Medical and sanitary report of the native army of Bengal for the year
Year: 1874
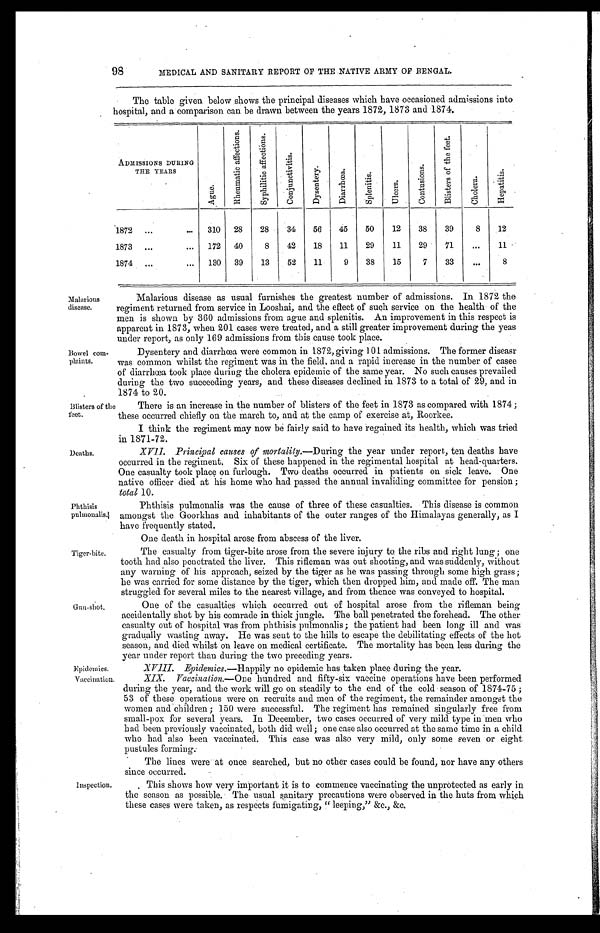
Epidemics.
Vaccination.
Malarious
disease.
Bowel com
-
plaints.
98
MEDICAL AND SANITARY REPORT OF THE NATIVE ARMY OF BENGAL.
The table given below shows the principal diseases which have occasioned admissions into
hospital, and a comparison can be drawn between the years 1872, 1873 and 1874.
ADMISSIONS DURING
THE YEARS
A g u e .
R h e u m a t i c a f f e c t i o n s .
S y p h i l i t i c a f f e c t i o n s .
C o n j u n c t i v i t i s .
D y s e n t e r y .
D i a r r h œ a .
S p l e n i t i s .
U l c e r s .
C o n t u s i o n s .
B l i s t e r s o f t h e f e e t .
C h o l e r a .
H e p a t i t i s .
1872 . . .
310
28
28
34
56
45
50
12
38
39
8
12
1873 . . .
172
40
8
42
18
11
29
11
29
71
. . .
11
1874 . . .
130
39
13
52
11
9
38
15
7
33
. . .
8
Malarious disease as usual furnishes the greatest number of admissions. In 1872 the
regiment returned from service in Looshai, and the effect of such service on the health of the
men is shown by 360 admissions from ague and splenitis. An improvement in this respect is
apparent in 1873, when 201 cases were treated, and a still greater improvement during the yeas
under report, as only 169 admissions from this cause took place.
Dysentery and diarrhœa were common in 1872, giving 101 admissions. The former diseasr
was common whilst the regiment was in the field, and a rapid increase in the number of casee
of diarrhœa took place during the cholera epidemic of the same year. No such causes prevailed
during the two succeeding years, and these diseases declined in 1873 to a total of 29, and in
1874 to 20.
Blisters of the
feet.
Deaths.
Phthisis
pulmonalis.
Tiger-bite.
There is an increase in the number of blisters of the feet in 1873 as compared with 1874;
these occurred chiefly on the march to, and at the camp of exercise at, Roorkee.
I think the regiment may now be fairly said to have regained its health, which was tried
in 1871-72.
XVII. Principal causes of mortality.— During the year under report, ten deaths have
occurred in the regiment. Six of these happened in the regimental hospital at head-quarters.
One casualty took place on furlough. Two deaths occurred in patients on sick leave. One
native officer died at his home who had passed the annual invaliding committee for pension;
total 10.
Phthisis pulmonalis was the cause of three of these casualties. This disease is common
amongst the Goorkhas and inhabitants of the outer ranges of the Himalayas generally, as I
have frequently stated.
One death in hospital arose from abscess of the liver.
The casualty from tiger-bite arose from the severe injury to the ribs and right lung; one
tooth had also penetrated the liver. This rifleman was out shooting, and was suddenly, without
any warning of his approach, seized by the tiger as he was passing through some high grass;
he was carried for some distance by the tiger, which then dropped him, and made off. The man
struggled for several miles to the nearest village, and from thence was conveyed to hospital.
One of the casualties which occurred out of hospital arose from the rifleman being
accidentally shot by his comrade in thick jungle. The ball penetrated the forehead. The other
casualty out of hospital was from phthisis pulmonalis; the patient had been long ill and was
gradually wasting away. He was sent to the hills to escape the debilitating effects of the hot
season, and died whilst on leave on medical certificate. The mortality has been less during the
year under report than during the two preceding years.
XVIII. Epidemics.— Happily no epidemic has taken place during the year.
XIX. Vaccination.— One hundred and fifty-six vaccine operations have been performed
during the year, and the work will go on steadily to the end of the cold season of 1874-75;
53 of these operations were on recruits and men of the regiment, the remainder amongst the
women and children; 150 were successful. The regiment has remained singularly free from
small-pox for several years. In December, two cases occurred of very mild type in men who
had been previously vaccinated, both did well; one case also occurred at the same time in a child
who had also been vaccinated. This case was also very mild, only some seven or eight
pustules forming.
The lines were at once searched, but no other cases could be found, nor have any others
since occurred.
Inspection.
This shows how very important it is to commence vaccinating the unprotected as early in
the season as possible. The usual sanitary precautions were observed in the huts from which
these cases were taken, as respects fumigating, "leeping," &c., &c.